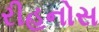
રીહનોસ